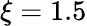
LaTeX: \xi=1.5